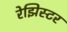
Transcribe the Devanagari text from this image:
रेझिस्टर